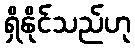
ရှိနိုင်သည်ဟု